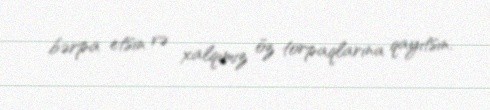
bərpa etsin və xalqımız öz torpaqlarına qayıtsın.